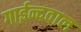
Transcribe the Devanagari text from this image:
गाईन्दवाल